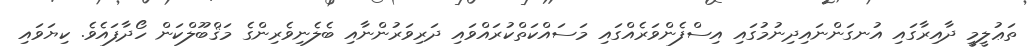
ތަޢުލީމީ ދާއިރާގައި އުނގަންނައިދިނުމުގައި އިސްފެންވަރެއްގައި މަސައްކަތްކުރައްވައި ދަރިވަރުންނާއި ބެލެނިވެރިންގެ މަޤްބޫލްކަން ހޯދާފައެވެ. ކިޔަވައި